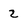
Character: 2